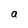
Character: a